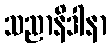
သညာနိဒါနာ